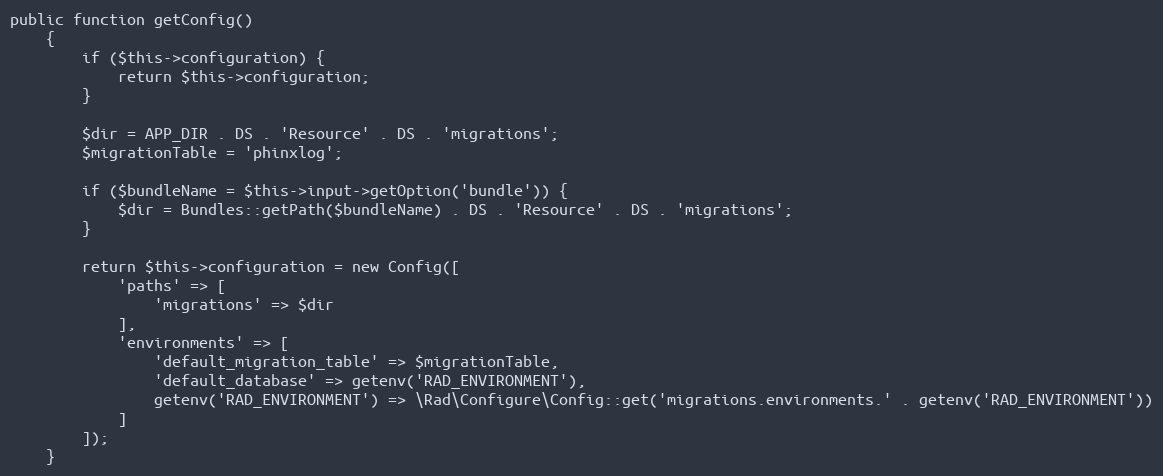
Language: PHP
public function getConfig()
    {
        if ($this->configuration) {
            return $this->configuration;
        }

        $dir = APP_DIR . DS . 'Resource' . DS . 'migrations';
        $migrationTable = 'phinxlog';

        if ($bundleName = $this->input->getOption('bundle')) {
            $dir = Bundles::getPath($bundleName) . DS . 'Resource' . DS . 'migrations';
        }

        return $this->configuration = new Config([
            'paths' => [
                'migrations' => $dir
            ],
            'environments' => [
                'default_migration_table' => $migrationTable,
                'default_database' => getenv('RAD_ENVIRONMENT'),
                getenv('RAD_ENVIRONMENT') => \Rad\Configure\Config::get('migrations.environments.' . getenv('RAD_ENVIRONMENT'))
            ]
        ]);
    }